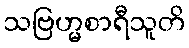
သဗြဟ္မစာရီသူတိ